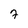
Character: 7